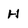
Character: H